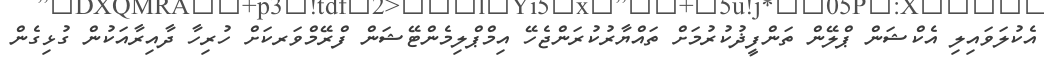
އެކުލަވައިލި އެކްޝަން ޕްލޭން ތަންފީޛުކުރުމަށް ތައްޔާރުކުރަންޖެހޭ އިމްޕްލިމެންޓޭޝަން ފްރޭމްވަރކަށް ހުރިހާ ދާއިރާއަކުން ގުޅިގެން